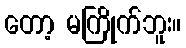
တော့ မကြိုက်ဘူး။